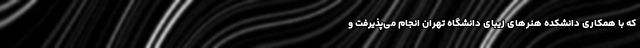
که با همکاری دانشکده هنرهای زیبای دانشگاه تهران انجام می‌پذیرفت و